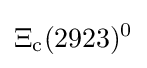
\Xi _{\rm {c}}(2923)^{0}